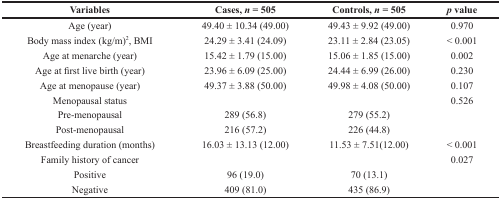
<table><thead><tr><td><b>Variables</b></td><td><b>Cases, <i>n</i> = 505</b></td><td><b>Controls, <i>n</i> = 505</b></td><td><b><i>p</i> value</b></td></tr></thead><tbody><tr><td>Age (year)</td><td>49.40 ± 10.34 (49.00)</td><td>49.43 ± 9.92 (49.00)</td><td>0.970</td></tr><tr><td>Body mass index (kg/m)<sup>2</sup>, BMI</td><td>24.29 ± 3.41 (24.09)</td><td>23.11 ± 2.84 (23.05)</td><td>&lt; 0.001</td></tr><tr><td>Age at menarche (year)</td><td>15.42 ± 1.79 (15.00)</td><td>15.06 ± 1.85 (15.00)</td><td>0.002</td></tr><tr><td>Age at first live birth (year)</td><td>23.96 ± 6.09 (25.00)</td><td>24.44 ± 6.99 (26.00)</td><td>0.230</td></tr><tr><td>Age at menopause (year)</td><td>49.37 ± 3.88 (50.00)</td><td>49.98 ± 4.08 (50.00)</td><td>0.107</td></tr><tr><td>Menopausal status</td><td></td><td></td><td>0.526</td></tr><tr><td>Pre-menopausal</td><td>289 (56.8)</td><td>279 (55.2)</td><td></td></tr><tr><td>Post-menopausal</td><td>216 (57.2)</td><td>226 (44.8)</td><td></td></tr><tr><td>Breastfeeding duration (months)</td><td>16.03 ± 13.13 (12.00)</td><td>11.53 ± 7.51(12.00)</td><td>&lt; 0.001</td></tr><tr><td>Family history of cancer</td><td></td><td></td><td>0.027</td></tr><tr><td>Positive</td><td>96 (19.0)</td><td>70 (13.1)</td><td></td></tr><tr><td>Negative</td><td>409 (81.0)</td><td>435 (86.9)</td><td></td></tr></tbody></table>